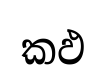
කඵ